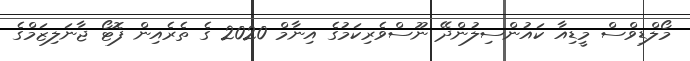
މޯލްޑިވްސް މީޑިއާ ކައުންސިލުންދޭ ނޫސްވެރިކަމުގެ އިނާމް 2020 ގެ ތެރެއިން ފޮޓޯ ޖާނަލިޒަމްގެ